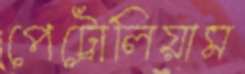
পেট্রোলিয়াম